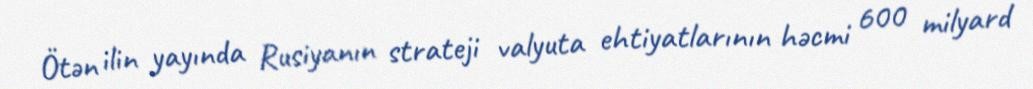
Ötən ilin yayında Rusiyanın strateji valyuta ehtiyatlarının həcmi 600 milyard